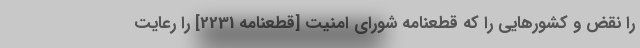
را نقض و کشورهایی را که قطعنامه شورای امنیت [قطعنامه 2231] را رعایت